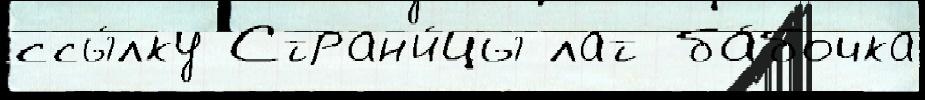
ссы́лку Стран'и́цы лат ба́бочка